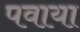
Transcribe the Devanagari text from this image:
पवाया